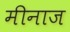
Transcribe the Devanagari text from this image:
मीनाज